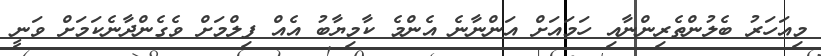
މިއަހަރު ބެލުންތެރިންނާއި ހަމައަށް އަންނާނެ އެންމެ ކާމިޔާބު އެއް ފިލްމަށް ވެގެންދާނެކަމަށް ވަނީ